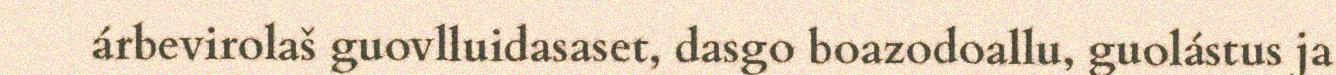
árbevirolaš guovlluidasaset, dasgo boazodoallu, guolástus ja